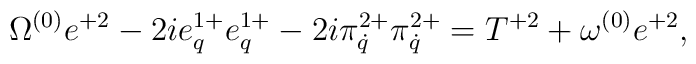
\Omega^{(0)}e^{+2}-2ie^{1+}_q e^{1+}_q-2i\pi^{2+}_{\dot q}\pi^{2+}_{\dot q}=T^{+2}+\omega^{(0)}e^{+2},